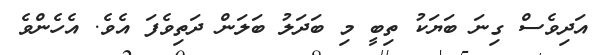
އަދިވެސް ގިނަ ބަޔަކު ތިބީ މި ބަދަލު ބަލަން ދަތިވެފަ އެވެ. އެހެންވެ